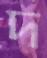
দ